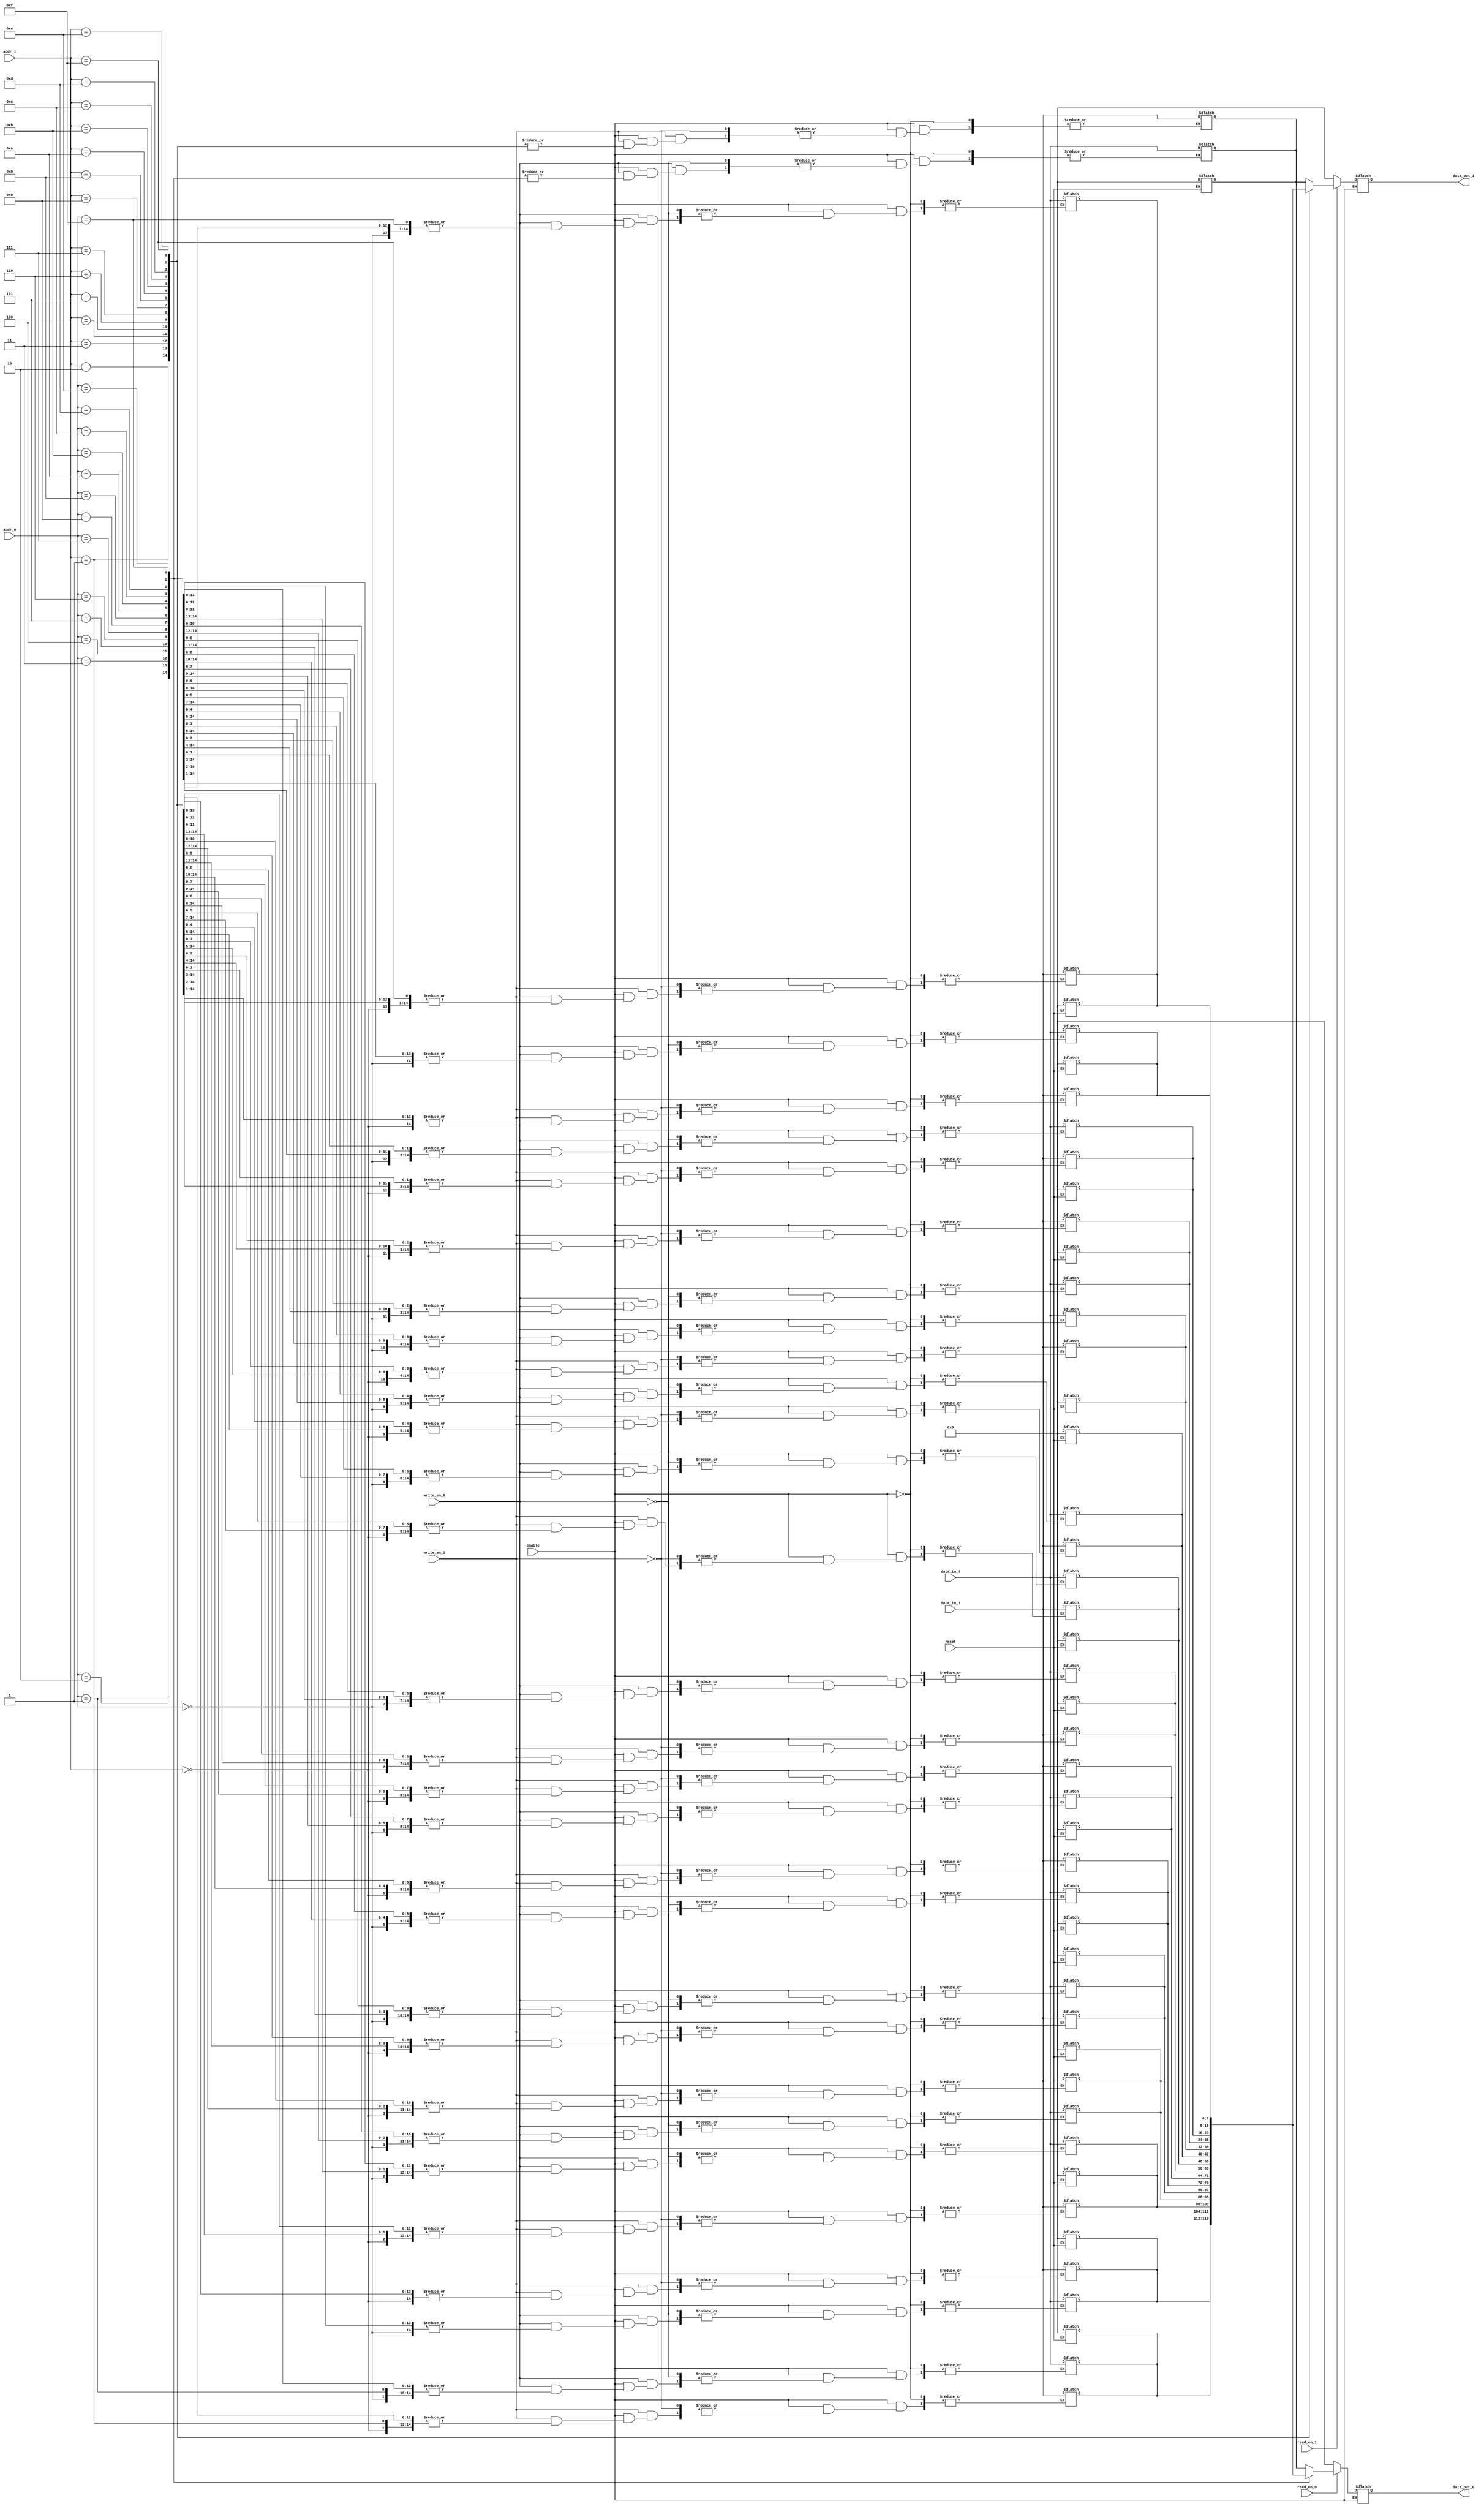
module multi_port_ram #(
    parameter DATA_WIDTH = 8,         // Configurable data width
    parameter ADDR_WIDTH = 4,         // Configurable address width
    parameter NUM_PORTS = 2           // Configurable number of ports
)(
    // Port 0
    input  wire [ADDR_WIDTH-1:0] addr_0,
    input  wire [DATA_WIDTH-1:0] data_in_0,
    input  wire write_en_0,
    input  wire read_en_0,
    output reg  [DATA_WIDTH-1:0] data_out_0,

    // Port 1
    input  wire [ADDR_WIDTH-1:0] addr_1,
    input  wire [DATA_WIDTH-1:0] data_in_1,
    input  wire write_en_1,
    input  wire read_en_1,
    output reg  [DATA_WIDTH-1:0] data_out_1,

    // Add more ports as needed based on NUM_PORTS

    input  wire reset,                // Asynchronous reset
    input  wire enable                 // Enable signal for power management
);

    // Memory array
    reg [DATA_WIDTH-1:0] mem_array [(2**ADDR_WIDTH)-1:0];

    // Asynchronous reset
    integer i;
    always @* begin
        if (reset) begin
            for (i = 0; i < (2**ADDR_WIDTH); i = i + 1) begin
                mem_array[i] = {DATA_WIDTH{1'b0}};
            end
        end
    end

    // Port 0 operations
    always @* begin
        if (enable) begin
            // Read operation for Port 0
            if (read_en_0) begin
                data_out_0 = mem_array[addr_0];
            end
            else begin
                data_out_0 = {DATA_WIDTH{1'b0}}; // No read operation
            end
            
            // Write operation for Port 0
            if (write_en_0) begin
                mem_array[addr_0] = data_in_0;
            end
        end
    end

    // Port 1 operations
    always @* begin
        if (enable) begin
            // Read operation for Port 1
            if (read_en_1) begin
                data_out_1 = mem_array[addr_1];
            end
            else begin
                data_out_1 = {DATA_WIDTH{1'b0}}; // No read operation
            end
            
            // Write operation for Port 1
            if (write_en_1) begin
                mem_array[addr_1] = data_in_1;
            end
        end
    end

    // Add more port operations based on NUM_PORTS as needed

endmodule